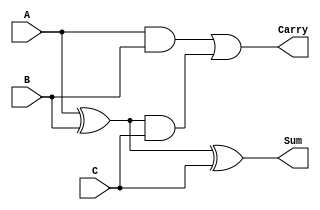
module Dynamic_Carry_Save_Adder (
    input [N-1:0] A,
    input [N-1:0] B,
    input [N-1:0] C,
    output [N-1:0] Sum,
    output [N-1:0] Carry
);
    parameter N = 4; // Bit-width of the inputs

    wire [N-1:0] sum1, carry1;
    wire [N-1:0] sum2, carry2;

    // First stage: Add A and B
    assign sum1 = A ^ B;            // Sum bits
    assign carry1 = A & B;          // Carry bits

    // Second stage: Add sum1 and C
    assign sum2 = sum1 ^ C;         // Final sum bits
    assign carry2 = sum1 & C;       // Carry bits from adding C

    // Final carry: Combine carry1 and carry2
    assign Carry = carry1 | carry2; // Carry bits for the next stage
    assign Sum = sum2;              // Final sum output

endmodule